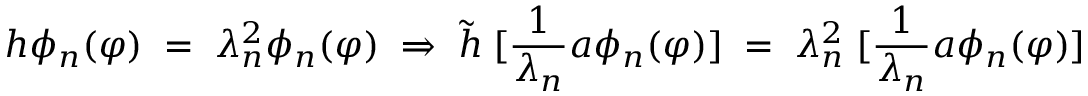
h \phi _ { n } ( \varphi ) \; = \; \lambda _ { n } ^ { 2 } \phi _ { n } ( \varphi ) \; \Rightarrow \; { \tilde { h } } \; [ \frac { 1 } { \lambda _ { n } } a \phi _ { n } ( \varphi ) ] \; = \; \lambda _ { n } ^ { 2 } \; [ \frac { 1 } { \lambda _ { n } } a \phi _ { n } ( \varphi ) ]